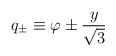
\begin{align*}q_{\pm} \equiv \varphi \pm {y \over \sqrt{3}}\end{align*}